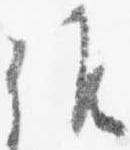
候